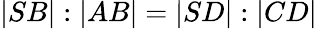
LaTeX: |SB|:|AB|=|SD|:|CD|